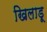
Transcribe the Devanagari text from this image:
खिलाडू